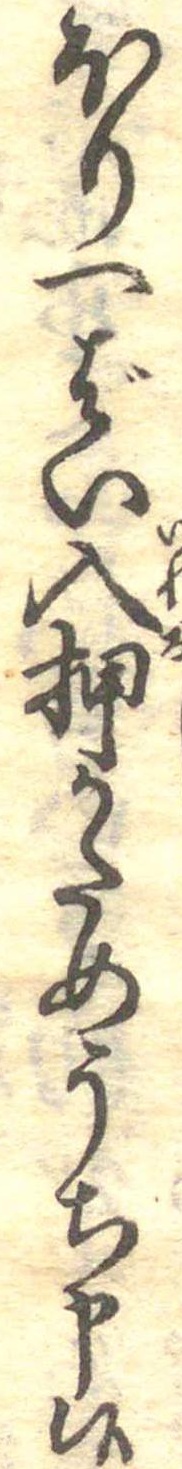
ほり一ばい入押かためうち申候